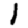
Digit: 1